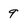
Character: 9